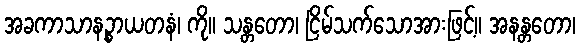
အခကာသာနဉ္စာယတနံ၊ ကို။ သန္တတော၊ ငြိမ်သက်သောအားဖြင့်။ အနန္တတော၊